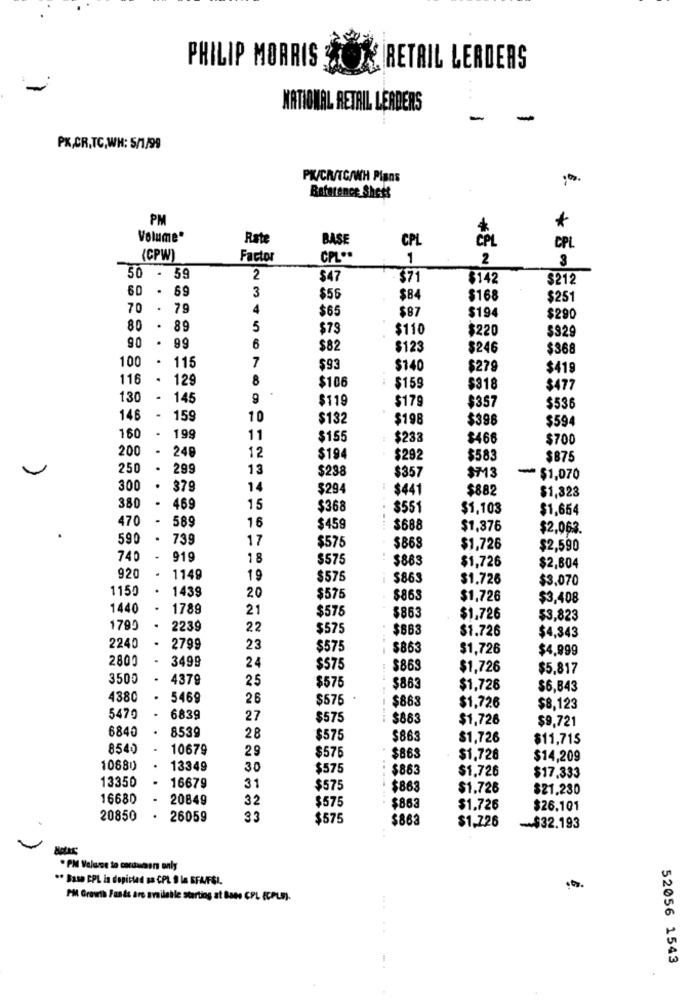
PHILIP MORRIS
RETAIL LEADERS
NATIONAL RETAIL LEADERS
-
PK,CR.TC,WH: 5/1/99
PK/CN/TC/WH Plans
Reference Shets
PM
*
Volume"
Rate
BASE
CPL
CPL
(CPW)
Factor
CPL **
1
2
3
50 - 59
2
$47
$71
$142
$212
60 - 69
3
$56
$84
$168
$251
70 . 79
4
$65
$87
$194
$290
80 - 89
5
$73
$110
$220
$329
90
. 99
6
$82
$123
$246
$368
100
7
. 115
$93
$140
$279
$419
116
129
8
$106
$159
$318
$477
130
145
9
$119
$179
$357
$536
146
159
10
$132
$198
$398
$594
160
199
11
$155
$233
$466
$700
200
248
12
$194
$292
$583
$875
250
.
299
13
$238
$357
$713
- $1,070
300
378
14
$294
$441
$882
$1,323
381
- 469
15
$368
$551
$1,103
$1,654
470
-
589
16
$459
$688
$1,376
$2,063.
59
.
739
17
$868
$575
$1,726
$2,590
740
919
18
$575
$863
$1,726
$2,604
920
1149
19
$575
$863
$1.726
$3,070
1150
1439
20
$575
$863
$1,726
$3,408
1440
1789
21
$575
$863
$1,726
$3,823
1790
2239
22
$575
$663
$1.726
$4,343
2240
2799
23
$575
$863
$1,726
$4.999
2800
3499
24
$575
$863
$1,726
$5.817
3500
4379
25
$575
$863
$1,726
$6,843
4380
5469
26
$575
$863
$1,726
$8,123
5470
6839
27
$575
$863
$1.726
$9,721
6840
8539
28
$575
$863
$1,726
$11,715
8540
10679
29
$576
$863
$1.726
$14,209
10680
13349
30
$575
$863
$1.726
$17.333
13350
16679
31
$575
$863
$1.728
$21,230
16680
20849
32
$575
$863
$1.726
$26.101
20850
26059
33
$575
$863
$1.726
~$32.193
Notas
·PM Values to carduson only
** Basa CPL is depicted sa CPL 9 la EFAIFSI.
PM Growth Funds are available starting at Bans CPL (CPLP).
.. .
52056 1543